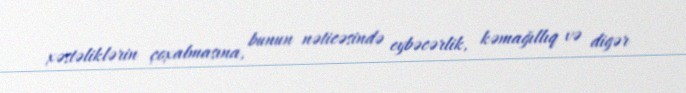
xəstəliklərin çoxalmasına, bunun nəticəsində eybəcərlik, kəmağıllıq və digər